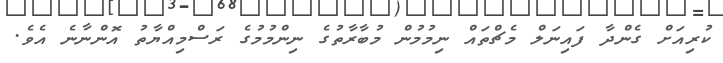
ކުރިއަށް ގެންދާ ފައިނަލް މެޗްތައް ނިމުމުން މުބާރާތުގެ ނިންމުމުގެ ރަސްމިއްޔާތު އޮންނާނެ އެވެ.